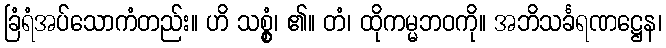
ခြံရံအပ်သောကံတည်း။ ဟိ သစ္စွံ၊ ၏။ တံ၊ ထိုကမ္မဘဝကို။ အဘိသင်္ခရဏဋ္ဌေန၊